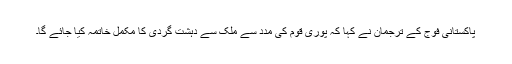
پاکستانی فوج کے ترجمان نے کہا کہ پوری قوم کی مدد سے ملک سے دہشت گردی کا مکمل خاتمہ کیا جائے گا۔